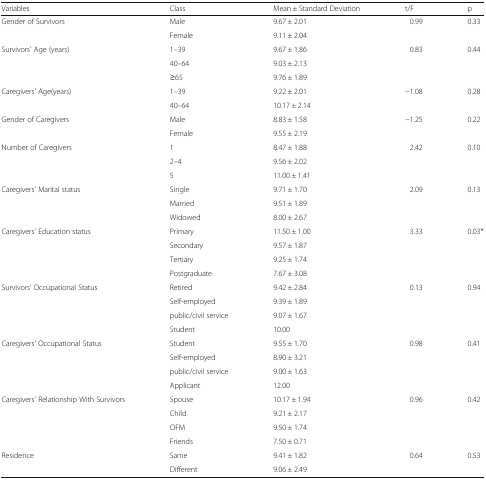
<table><thead><tr><td><b>Variables</b></td><td><b>Class</b></td><td><b>Mean ± Standard Deviation</b></td><td><b>t/F</b></td><td><b>p</b></td></tr></thead><tbody><tr><td rowspan="2">Gender of Survivors</td><td>Male</td><td>9.67 ± 2.01</td><td>0.99</td><td>0.33</td></tr><tr><td>Female</td><td>9.11 ± 2.04</td><td>[EMPTY_CELL]</td><td>[EMPTY_CELL]</td></tr><tr><td rowspan="3">Survivors’ Age (years)</td><td>1–39</td><td>9.67 ± 1.86</td><td>0.83</td><td>0.44</td></tr><tr><td>40–64</td><td>9.03 ± 2.13</td><td>[EMPTY_CELL]</td><td>[EMPTY_CELL]</td></tr><tr><td>≥65</td><td>9.76 ± 1.89</td><td>[EMPTY_CELL]</td><td>[EMPTY_CELL]</td></tr><tr><td rowspan="2">Caregivers’ Age(years)</td><td>1–39</td><td>9.22 ± 2.01</td><td>−1.08</td><td>0.28</td></tr><tr><td>40–64</td><td>10.17 ± 2.14</td><td>[EMPTY_CELL]</td><td>[EMPTY_CELL]</td></tr><tr><td rowspan="2">Gender of Caregivers</td><td>Male</td><td>8.83 ± 1.58</td><td>−1.25</td><td>0.22</td></tr><tr><td>Female</td><td>9.55 ± 2.19</td><td>[EMPTY_CELL]</td><td>[EMPTY_CELL]</td></tr><tr><td rowspan="3">Number of Caregivers</td><td>1</td><td>8.47 ± 1.88</td><td>2.42</td><td>0.10</td></tr><tr><td>2–4</td><td>9.56 ± 2.02</td><td>[EMPTY_CELL]</td><td>[EMPTY_CELL]</td></tr><tr><td>5</td><td>11.00 ± 1.41</td><td>[EMPTY_CELL]</td><td>[EMPTY_CELL]</td></tr><tr><td rowspan="3">Caregivers’ Marital status</td><td>Single</td><td>9.71 ± 1.70</td><td>2.09</td><td>0.13</td></tr><tr><td>Married</td><td>9.51 ± 1.89</td><td>[EMPTY_CELL]</td><td>[EMPTY_CELL]</td></tr><tr><td>Widowed</td><td>8.00 ± 2.67</td><td>[EMPTY_CELL]</td><td>[EMPTY_CELL]</td></tr><tr><td rowspan="4">Caregivers’ Education status</td><td>Primary</td><td>11.50 ± 1.00</td><td>3.33</td><td>0.03*</td></tr><tr><td>Secondary</td><td>9.57 ± 1.87</td><td>[EMPTY_CELL]</td><td>[EMPTY_CELL]</td></tr><tr><td>Tertiary</td><td>9.25 ± 1.74</td><td>[EMPTY_CELL]</td><td>[EMPTY_CELL]</td></tr><tr><td>Postgraduate</td><td>7.67 ± 3.08</td><td>[EMPTY_CELL]</td><td>[EMPTY_CELL]</td></tr><tr><td rowspan="4">Survivors’ Occupational Status</td><td>Retired</td><td>9.42 ± 2.84</td><td>0.13</td><td>0.94</td></tr><tr><td>Self-employed</td><td>9.39 ± 1.89</td><td>[EMPTY_CELL]</td><td>[EMPTY_CELL]</td></tr><tr><td>public/civil service</td><td>9.07 ± 1.67</td><td>[EMPTY_CELL]</td><td>[EMPTY_CELL]</td></tr><tr><td>Student</td><td>10.00</td><td>[EMPTY_CELL]</td><td>[EMPTY_CELL]</td></tr><tr><td rowspan="4">Caregivers’ Occupational Status</td><td>Student</td><td>9.55 ± 1.70</td><td>0.98</td><td>0.41</td></tr><tr><td>Self-employed</td><td>8.90 ± 3.21</td><td>[EMPTY_CELL]</td><td>[EMPTY_CELL]</td></tr><tr><td>public/civil service</td><td>9.00 ± 1.63</td><td>[EMPTY_CELL]</td><td>[EMPTY_CELL]</td></tr><tr><td>Applicant</td><td>12.00</td><td>[EMPTY_CELL]</td><td>[EMPTY_CELL]</td></tr><tr><td rowspan="4">Caregivers’ Relationship With Survivors</td><td>Spouse</td><td>10.17 ± 1.94</td><td>0.96</td><td>0.42</td></tr><tr><td>Child</td><td>9.21 ± 2.17</td><td>[EMPTY_CELL]</td><td>[EMPTY_CELL]</td></tr><tr><td>OFM</td><td>9.50 ± 1.74</td><td>[EMPTY_CELL]</td><td>[EMPTY_CELL]</td></tr><tr><td>Friends</td><td>7.50 ± 0.71</td><td>[EMPTY_CELL]</td><td>[EMPTY_CELL]</td></tr><tr><td rowspan="2">Residence</td><td>Same</td><td>9.41 ± 1.82</td><td>0.64</td><td>0.53</td></tr><tr><td>Different</td><td>9.06 ± 2.49</td><td>[EMPTY_CELL]</td><td>[EMPTY_CELL]</td></tr></tbody></table>